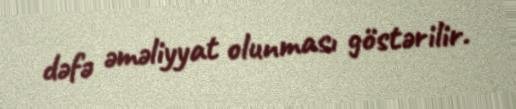
dəfə əməliyyat olunması göstərilir.